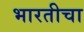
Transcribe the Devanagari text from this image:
भारतीचा